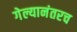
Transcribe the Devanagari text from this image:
गेल्यानंतरच